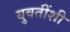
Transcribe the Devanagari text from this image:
युवतींशी